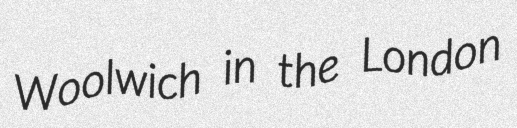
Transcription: Woolwich in the London